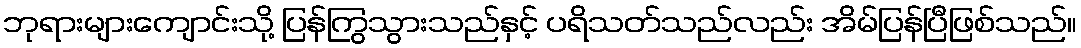
ဘုရားများကျောင်းသို့ ပြန်ကြွသွားသည်နှင့် ပရိသတ်သည်လည်း အိမ်ပြန်ပြီဖြစ်သည်။